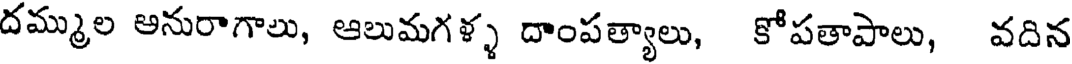
దమ్ముల అనురాగాలు, ఆలుమగళ్ళ దాంపత్యాలు, కోపతాపాలు, వదిన